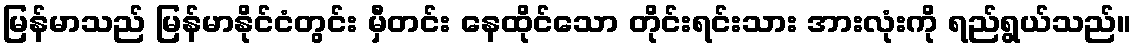
မြန်မာသည် မြန်မာနိုင်ငံတွင်း မှီတင်း နေထိုင်သော တိုင်းရင်းသား အားလုံးကို ရည်ရွယ်သည်။